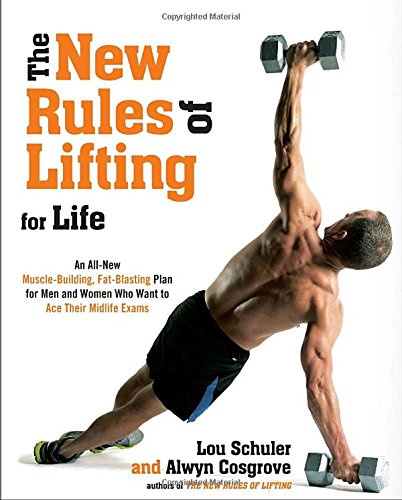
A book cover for The New Rules of Lifting for Life: An All-New Muscle-Building, Fat-Blasting Plan for Men and Women Who Want to Ace Their Midlife Exams; Lou Schuler; Health, Fitness & Dieting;